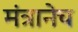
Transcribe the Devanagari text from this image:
मंत्रानेच